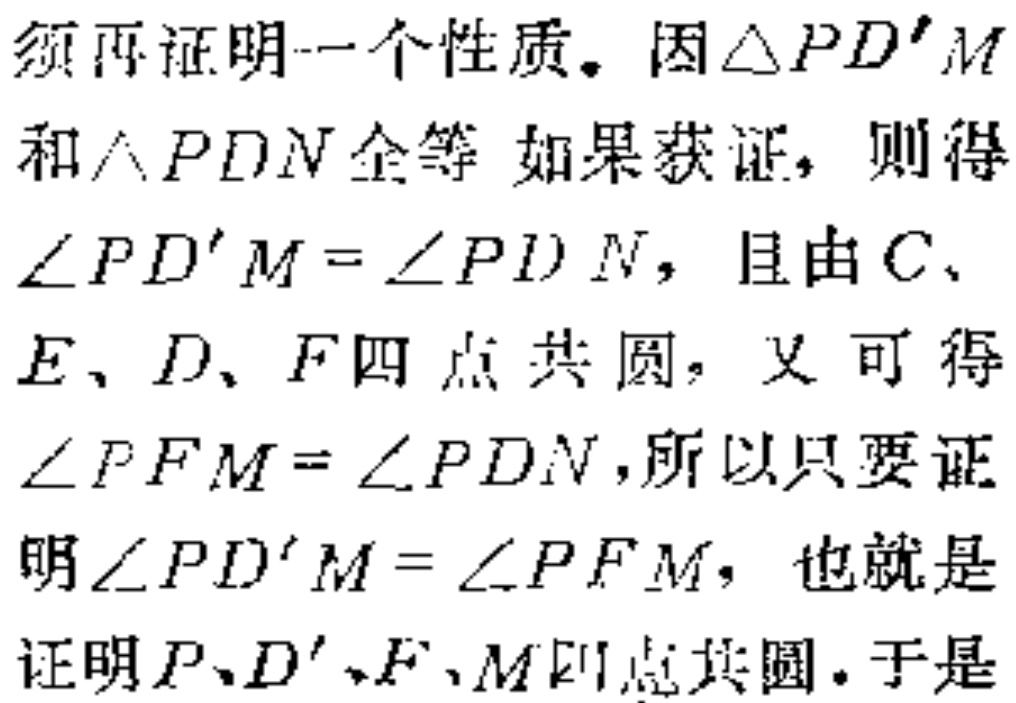
须再证明一个性质。因$\triangle PD'M$和$\triangle PDN$全等，如果获证，则得$\angle PD'M = \angle PDN$，且由$C、E、D、F$四点共圆，又可得$\angle PFM = \angle PDN$，所以只要证明$\angle PD'M = \angle PFM$，也就是证明$P、D'、F、M$四点共圆。于是